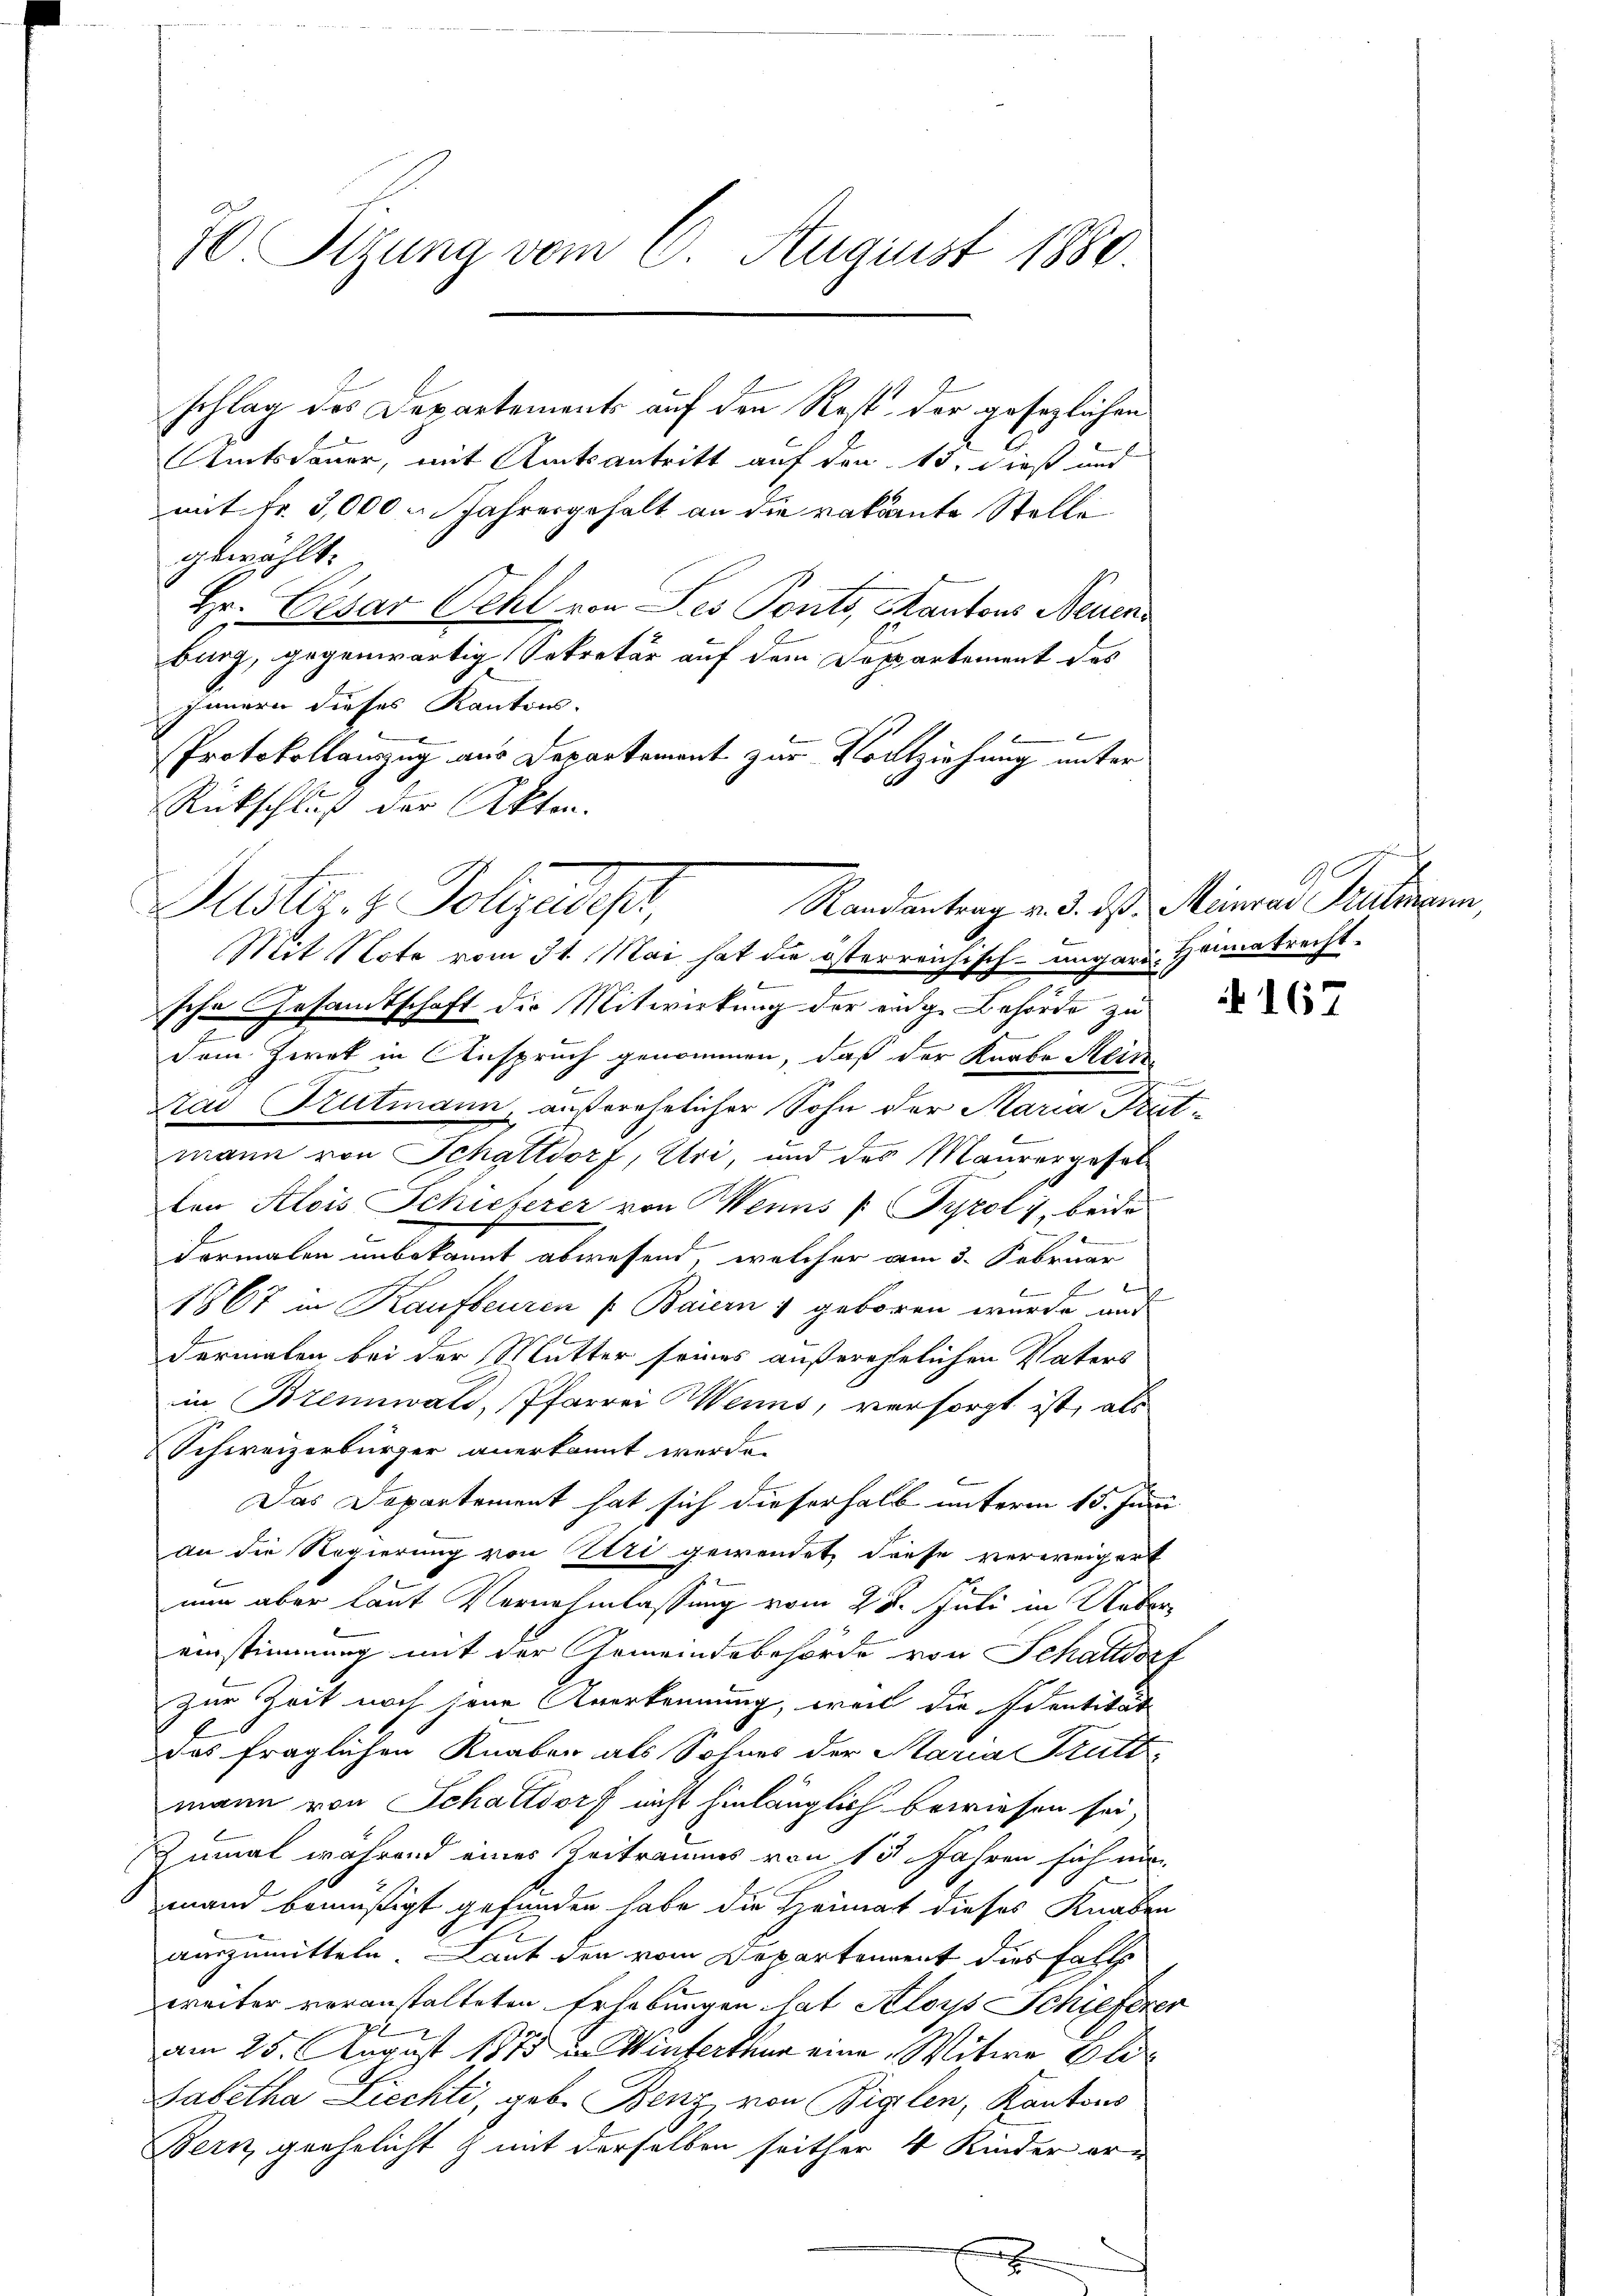
70 Sizung vom 6. August 1880.

schlag des Departements auf den Rest der gesezlichen
Amtsdauer, mit Amtsantritt auf den 15. dieß und
mit Fr. 3,000 u. Jahresgehalt an die vakante Stelle
gewählt:
Hr. Cesar Oehl von des Ponts, Kantons Neuen
burg, gegenwärtig Sekretär auf dem Departement des
Innern dieses Kantons-

Protokollanzug aus Departement zur Vollziehung unter
Rückschluß der Akten.
Mit Note vom 31. Mai hat die österreichisch-ungarn. Heimatrechtsche Gesamtschaft die Mitwirkung der eidge Behörde zu
7
dem Ziret in Anspruch genommen, daß der Knabe Hein
Lad Gutmann, außerehelicher Sohn der Maria Trutmann von Schattdorf, Uri, und des Maurergeselton Alois Schieferer von Wenns [ Tyrol, beide
dermalen unbekannt abwesend, welcher am 3. Februar
E
e
1867 in Kaufbeuren ( Baiern u geboren wurde und
dermalen bei der Mutter seines außerehelichen Vaters
in Brennwald, Pfarrei Weins, versorgt ist, als
Schweizerbürger anerkannt werde.
Das Departement hat sich dieserhalb unterm 15. Juni
An die Regierung von Uri gewendet diese verweigert
nun aber laut Vernehmlassung vom 28. Juli in Uebr
einstimmung mit der Gemeindebehörde von Schattdorf
Zur Zeit noch jene Anerkennung, weil die Identität
das fraglichen Knaben als Sohnes der Maria Trutt
mann von Schattdorf nicht hinlänglich bewiesen sei,
imal während eines Zeitraums von 15 Jahren sich ni
mand bemüßigt gefunden habe die Heimat dieses Knaben
auszumitteln. Laut den vom Departement dies falls
weiter veranstalteten Erhebungen hat Aloys Schieferer
am 25. August 1875 in Winterthur eine Witwe Bli
Sabetha Ziechte, geb. Benz von Biglen, Kantons
Bern geehelicht mit derselben seither 4 Kinder er¬

Justiz & Polizeides,

h
A
Randantrag v. d. d. Meinrad Sulmann,

167